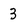
Character: 3